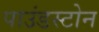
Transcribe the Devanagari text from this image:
पाउंडस्टोन